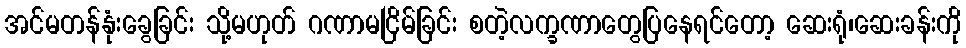
အင်မတန်နုံးခွေခြင်း သို့မဟုတ် ဂဏာမငြိမ်ခြင်း စတဲ့လက္ခဏာတွေပြနေရင်တော့ ဆေးရုံ၊ဆေးခန်းကို